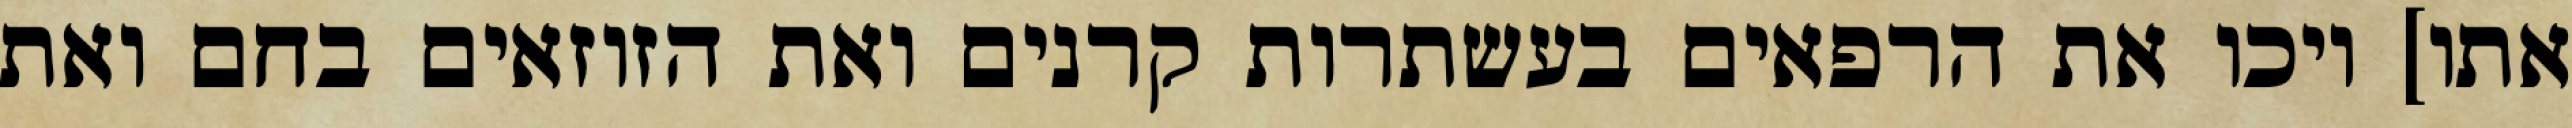
אתו] ויכו את הרפאים בעשתרות קרנים ואת הזוזאים בחם ואת